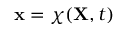
\mathbf { x } = \boldsymbol { \chi } ( \mathbf { X } , t )